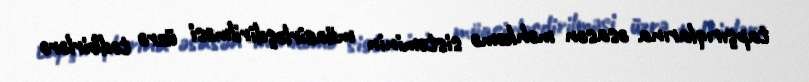
tapşırıqlarına əsasən məhkəmə sisteminin müasirləşdirilməsi üzrə tədbirlərə